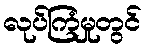
လုပ်ကြံမှုတွင်